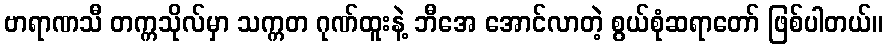
ဗာရာဏသီ တက္ကသိုလ်မှာ သက္ကတ ဂုဏ်ထူးနဲ့ ဘီအေ အောင်လာတဲ့ စွယ်စုံဆရာတော် ဖြစ်ပါတယ်။